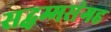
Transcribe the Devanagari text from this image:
सद्धम्मसंगह